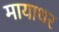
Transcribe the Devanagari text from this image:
मायाधर